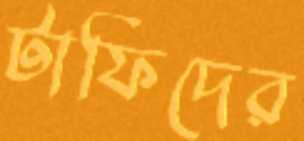
টাফিদের